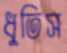
ধুতিস